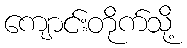
ကျောင်းတိုက်သို့